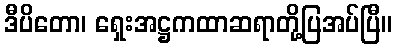
ဒီပိတော၊ ရှေးအဋ္ဌကထာဆရာတို့ပြအပ်ပြီ။